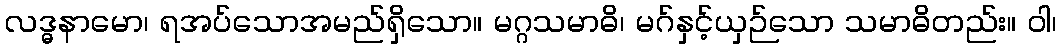
လဒ္ဓနာမော၊ ရအပ်သောအမည်ရှိသော။ မဂ္ဂသမာဓိ၊ မဂ်နှင့်ယှဉ်သော သမာဓိတည်း။ ဝါ၊